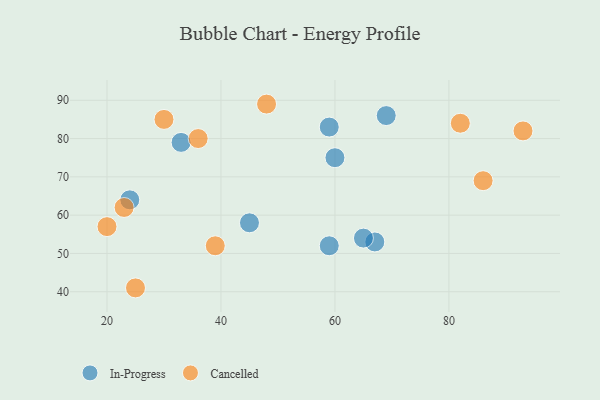
{"axis": {"x": "GDP", "y": "Life Expectancy"}, "legend": ["Cancelled", "In-Progress"], "data": [{"x": "69", "y": 86, "type": "In-Progress"}, {"x": "59", "y": 52, "type": "In-Progress"}, {"x": "24", "y": 64, "type": "In-Progress"}, {"x": "60", "y": 75, "type": "In-Progress"}, {"x": "67", "y": 53, "type": "In-Progress"}, {"x": "65", "y": 54, "type": "In-Progress"}, {"x": "45", "y": 58, "type": "In-Progress"}, {"x": "33", "y": 79, "type": "In-Progress"}, {"x": "59", "y": 83, "type": "In-Progress"}, {"x": "82", "y": 84, "type": "Cancelled"}, {"x": "48", "y": 89, "type": "Cancelled"}, {"x": "93", "y": 82, "type": "Cancelled"}, {"x": "25", "y": 41, "type": "Cancelled"}, {"x": "39", "y": 52, "type": "Cancelled"}, {"x": "86", "y": 69, "type": "Cancelled"}, {"x": "36", "y": 80, "type": "Cancelled"}, {"x": "30", "y": 85, "type": "Cancelled"}, {"x": "23", "y": 62, "type": "Cancelled"}, {"x": "20", "y": 57, "type": "Cancelled"}]}